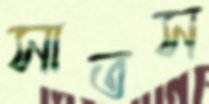
সাতস